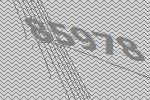
85978